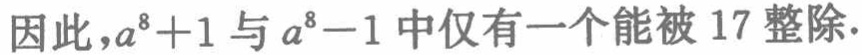
因此，\(a^{8}+1\)与\(a^{8}-1\)中仅有一个能被 \(17\) 整除.